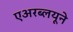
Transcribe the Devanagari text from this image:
एअरब्लयूने